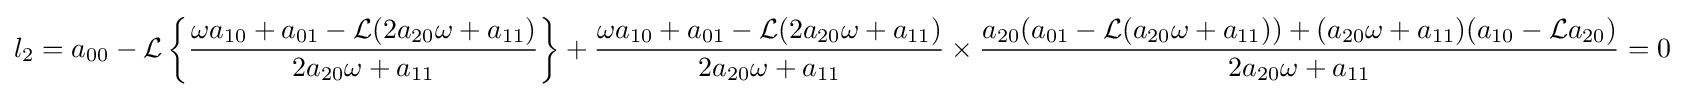
l_{2}=a_{00}-{\mathcal {L}}\left\{{\frac {\omega a_{10}+a_{01}-{\mathcal {L}}(2a_{20}\omega +a_{11})}{2a_{20}\omega +a_{11}}}\right\}+{\frac {\omega a_{10}+a_{01}-{\mathcal {L}}(2a_{20}\omega +a_{11})}{2a_{20}\omega +a_{11}}}\times {\frac {a_{20}(a_{01}-{\mathcal {L}}(a_{20}\omega +a_{11}))+(a_{20}\omega +a_{11})(a_{10}-{\mathcal {L}}a_{20})}{2a_{20}\omega +a_{11}}}=0